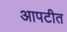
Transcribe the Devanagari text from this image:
आपटीत